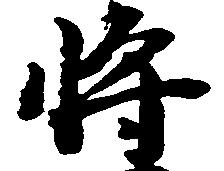
将